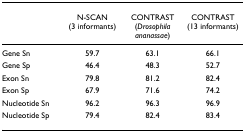
<table><thead><tr><td></td><td><b>N-SCAN (3 informants)</b></td><td><b>CONTRAST (<i>Drosophila ananassae</i>)</b></td><td><b>CONTRAST (13 informants)</b></td></tr></thead><tbody><tr><td>Gene Sn</td><td>59.7</td><td>63.1</td><td>66.1</td></tr><tr><td>Gene Sp</td><td>46.4</td><td>48.3</td><td>52.7</td></tr><tr><td>Exon Sn</td><td>79.8</td><td>81.2</td><td>82.4</td></tr><tr><td>Exon Sp</td><td>67.9</td><td>71.6</td><td>74.2</td></tr><tr><td>Nucleotide Sn</td><td>96.2</td><td>96.3</td><td>96.9</td></tr><tr><td>Nucleotide Sp</td><td>79.4</td><td>82.4</td><td>83.4</td></tr></tbody></table>